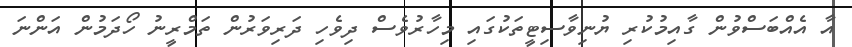
އާ އެއްބަސްވުން ގާއިމުކުރި ޔުނިވާސިޓީތަކުގައި މިހާރުވެސް ދިވެހި ދަރިވަރުން ތަމްރީނު ހޯދަމުން އަންނަ